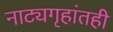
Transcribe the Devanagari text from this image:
नाट्यगृहांतही